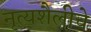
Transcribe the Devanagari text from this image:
नृत्यशैलीचे